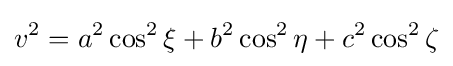
v^{2}=a^{2}\cos ^{2}\xi +b^{2}\cos ^{2}\eta +c^{2}\cos ^{2}\zeta